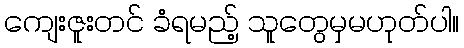
ကျေးဇူးတင် ခံရမည့် သူတွေမှမဟုတ်ပါ။